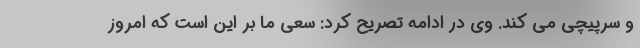
و سرپیچی می کند. وی در ادامه تصریح کرد: سعی ما بر این است که امروز